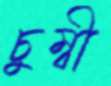
চুম্বী